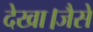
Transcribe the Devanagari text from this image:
देखा।जैसे